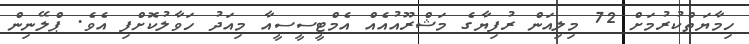
ހިމާޔަތްކުރުމަށް 72 މިލިއަން ރުފިޔާގެ މަޝްރޫއުއެއް އެމްޓީސީސީއާ މިއަދު ހަވާލުކޮށްފި އެވެ. ޕްލޭނިން